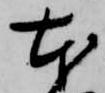
本